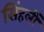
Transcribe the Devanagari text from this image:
सिंहलीं